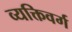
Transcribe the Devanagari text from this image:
व्यक्तिवर्ग